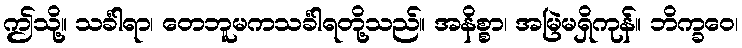
ဤသို့။ သင်္ခါရာ၊ တေဘူမကသင်္ခါရတို့သည်။ အနိစ္စာ၊ အမြဲမရှိကုန်။ ဘိက္ခဝေ၊